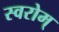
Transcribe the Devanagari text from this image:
स्वरोम्